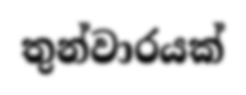
තුන්වාරයක්